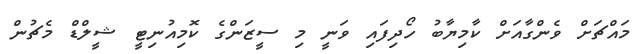
މައްޗަށް ވެންގާއަށް ކާމިޔާބު ހޯދިފައި ވަނީ މި ސީޒަންގެ ކޮމިއުނިޓީ ޝީލްޑް މެޗުން